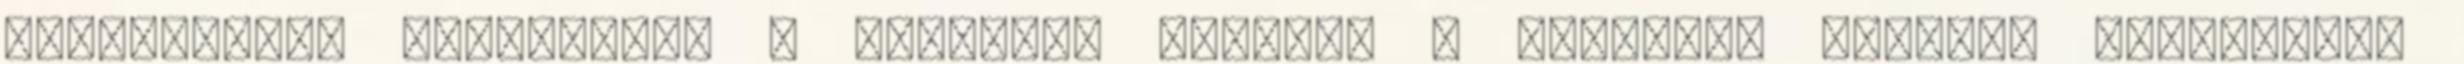
intézmények legfeljebb 3 hónapra, illetve a fegyelmi eljárás lezárásáig